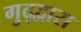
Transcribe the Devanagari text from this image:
गुद्द्वारा